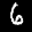
Digit: 6